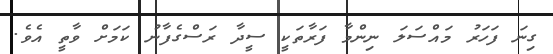
ގިނަ ފަހަރު މައްސަލަ ނިންމާ ފަރާތަކީ ސީދާ ރަސްގެފާނު ކަމަށް ވާތީ އެވެ.